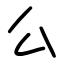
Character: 么